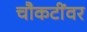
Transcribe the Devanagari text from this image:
चौकटींवर